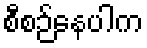
စီစဉ်နေပါက